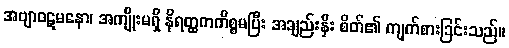
အဗျာဝဋမနော၊ အကျိုးမရှိ နိရတ္ထကကိစ္စမပြီး အချည်းနှီး စိတ်၏ ကျက်စားခြင်းသည်။